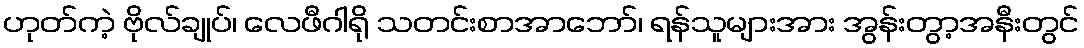
ဟုတ်ကဲ့ ဗိုလ်ချုပ်၊ လေဖီဂါရို သတင်းစာအာဘော်၊ ရန်သူများအား အွန်းတွာ့အနီးတွင်